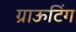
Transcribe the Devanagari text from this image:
ग्राऊटिंग